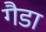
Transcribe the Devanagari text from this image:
गैडा